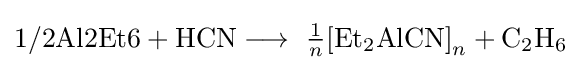
{{\text{1/2Al2Et6}}{}+{}\mathrm {HCN} {}\mathrel {\longrightarrow } {}}\ {\tfrac {1}{n}}{[\mathrm {Et} {\vphantom {A}}_{\smash[{t}]{2}}\mathrm {AlCN} ]}_{n}+{\mathrm {C} {\vphantom {A}}_{\smash[{t}]{2}}\mathrm {H} {\vphantom {A}}_{\smash[{t}]{6}}}